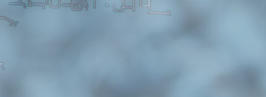
إعلان: دورة تدريبية في ال